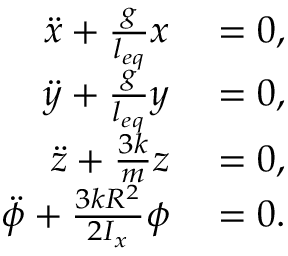
\begin{array} { r l } { \ddot { x } + \frac { g } { l _ { e q } } x } & { { } = 0 , } \\ { \ddot { y } + \frac { g } { l _ { e q } } y } & { { } = 0 , } \\ { \ddot { z } + \frac { 3 k } { m } z } & { { } = 0 , } \\ { \ddot { \phi } + \frac { 3 k R ^ { 2 } } { 2 I _ { x } } \phi } & { { } = 0 . } \end{array}